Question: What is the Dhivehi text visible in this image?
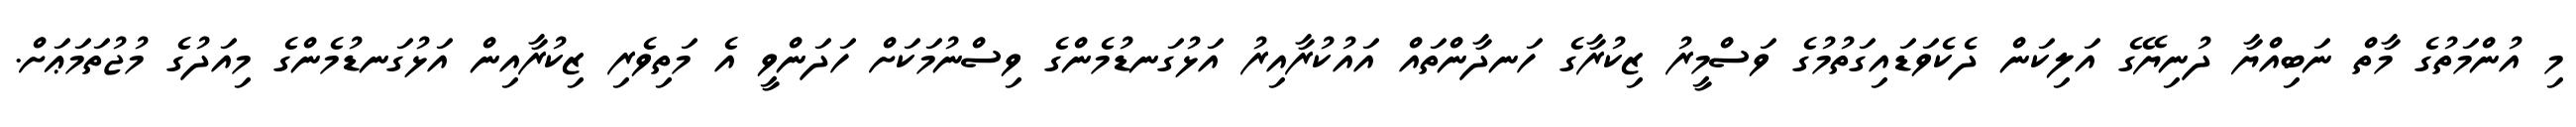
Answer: މި އުންމަތުގެ މާތް ނަބިއްޔާ ދުނިޔޭގެ އަލިކަން ދެކެވަޑައިގަތުމުގެ ވަސްމީރު ޒިކުރާގެ ހަނދާންތައް އައުކުރާއިރު އަޅުގަނޑުމެންގެ ވިސްނުމަކަށް ހަދަންވީ އެ މަތިވެރި ޒިކުރާއިން އަޅުގަނޑުމެންގެ މިއަދުގެ މުޖުތަމަޢަށް.